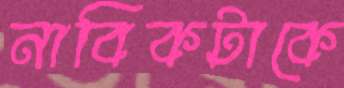
নাবিকটাকে